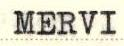
MERVI